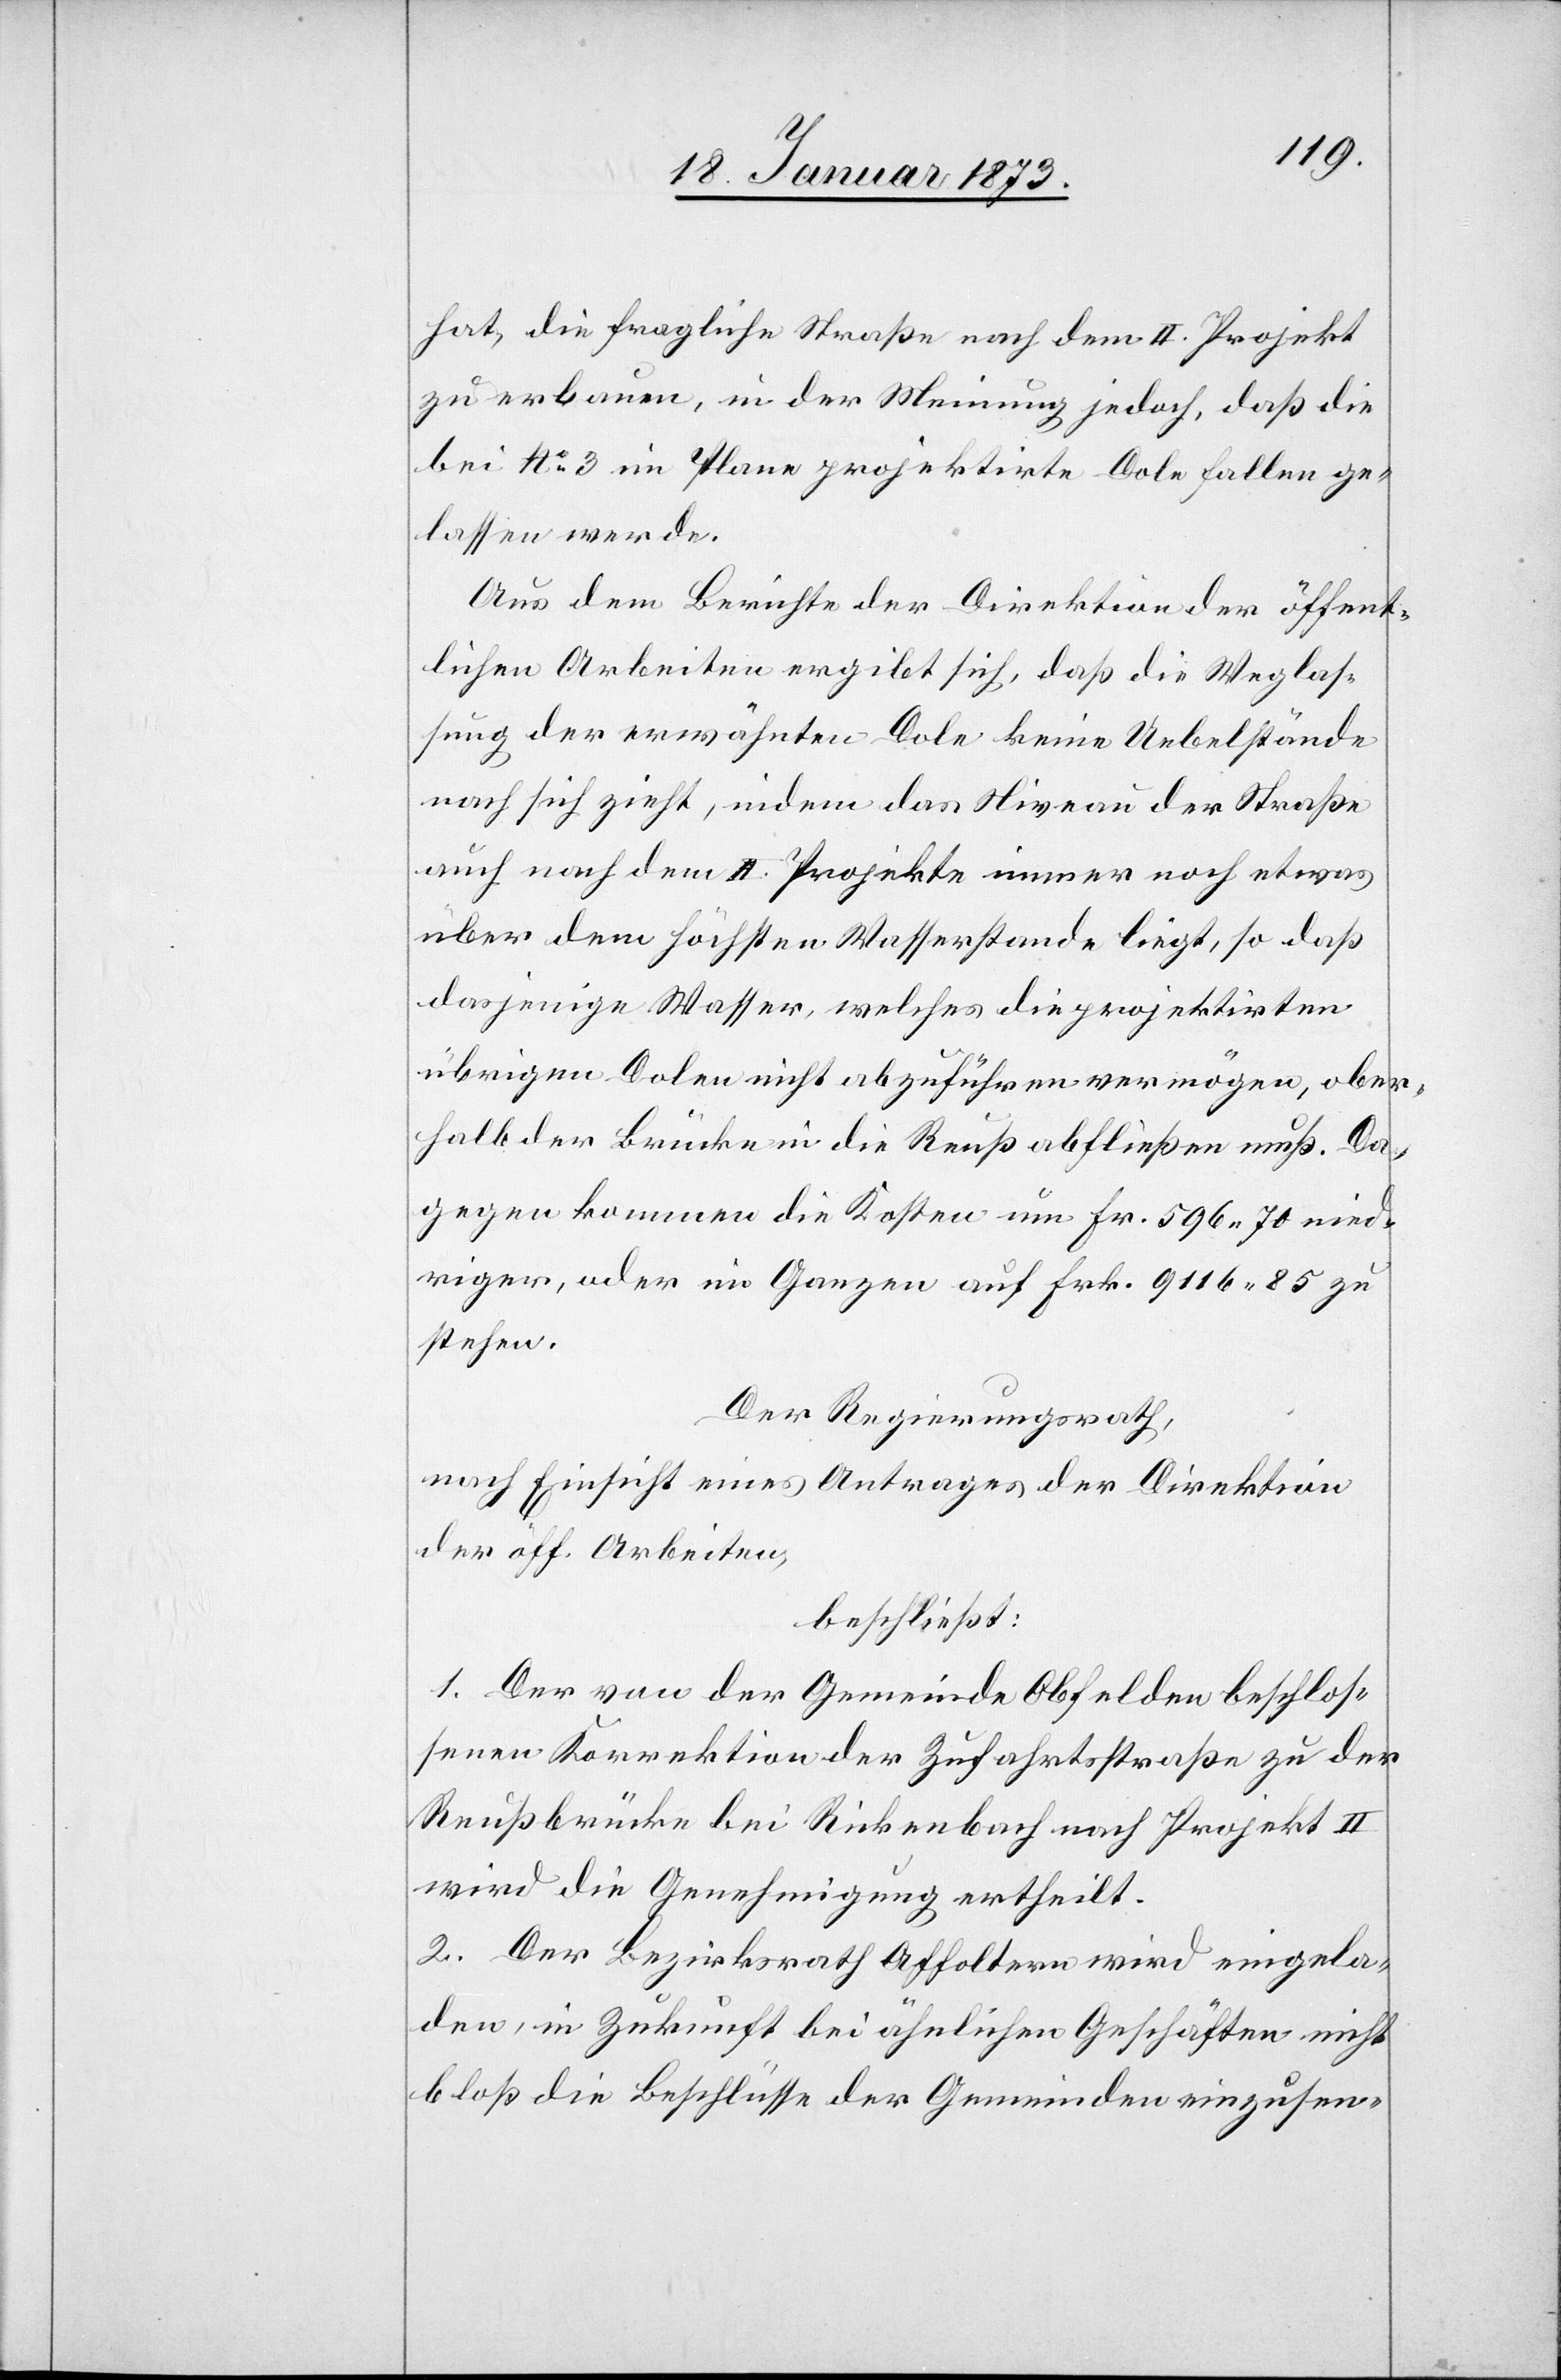
hat, die fragliche Straße nach dem II. Projekt
zu erbauen, in der Meinung jedoch, daß die
bei No. 3 im Plane projektirte Dole fallen ge¬
lassen werde.
Aus dem Berichte der Direktion der öffent¬
lichen Arbeiten ergibt sich, daß die Weglas¬
sung der erwähnten Dole keine Uebelstände
nach sich zieht, indem das Niveau der Straße
auch nach dem II. Projekte immer noch etwas
über dem höchsten Wasserstande liegt, so daß
dasjenige Wasser, welches die projektirten
übrigen Dolen nicht abzuführen vermögen, ober¬
halb der Brücke in die Reuß abfließen muß. Da¬
gegen kommen die Kosten um Fr. 596. 70 nied¬
riger, oder im Ganzen auf Frk. 9116. 85 zu
stehen.
Der Regierungsrath,
nach Einsicht eines Antrages der Direktion
der öff. Arbeiten,
beschließt:
1. Der von der Gemeinde Obfelden beschlos¬
senen Korrektion der Zufahrtsstraße zu der
Reußbrücke bei Rickenbach nach Projekt II
wird die Genehmigung ertheilt.
2. Der Bezirksrath Affoltern wird eingela¬
den, in Zukunft bei ähnlichen Geschäften nicht
bloß die Beschlüsse der Gemeinden einzusen-